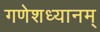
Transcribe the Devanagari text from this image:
गणेशध्यानम्